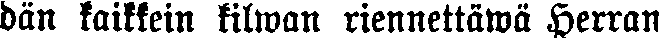
dan kaikkein kilwan riennettäwä Herran